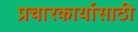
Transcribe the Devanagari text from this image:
प्रचारकार्यासाठी